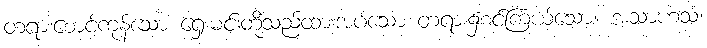
တရားစောင့်ကုန်သော ရှေးမင်းတို့သည်ထားအပ်သော တရား၌စင်ကြယ်သော။ အသာဟသံ၊